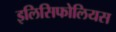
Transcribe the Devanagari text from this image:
इलिसिफोलियस